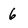
Character: 6